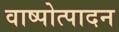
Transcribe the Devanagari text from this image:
वाष्पोत्पादन